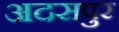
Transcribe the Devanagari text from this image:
अदसपुर